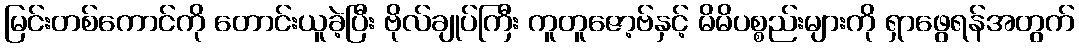
မြင်းတစ်ကောင်ကို တောင်းယူခဲ့ပြီး ဗိုလ်ချုပ်ကြီး ကူတူဇော့ဗ်နှင့် မိမိပစ္စည်းများကို ရှာဖွေရန်အတွက်